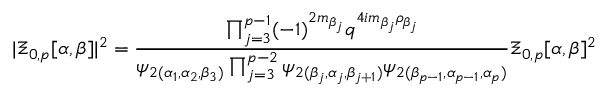
\vert \Xi _ { 0 , p } [ \alpha , \beta ] \vert ^ { 2 } = \frac { \prod _ { j = 3 } ^ { p - 1 } ( - 1 ) ^ { 2 m _ { \beta _ { j } } } q ^ { 4 i m _ { \beta _ { j } } \rho _ { \beta _ { j } } } } { { \psi } _ { 2 } { } _ { ( \alpha _ { 1 } , \alpha _ { 2 } , \beta _ { 3 } ) } \prod _ { j = 3 } ^ { p - 2 } { \psi } _ { 2 } { } _ { ( \beta _ { j } , \alpha _ { j } , \beta _ { j + 1 } ) } { \psi } _ { 2 } { } _ { ( \beta _ { p - 1 } , \alpha _ { p - 1 } , \alpha _ { p } ) } } \Xi _ { 0 , p } [ \alpha , \beta ] ^ { 2 }